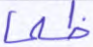
ظلما